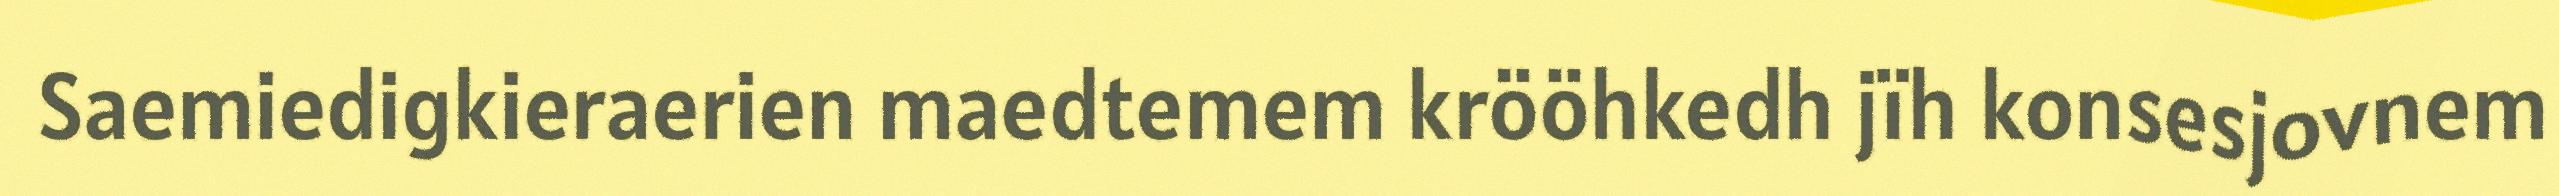
Saemiedigkieraerien maedtemem krööhkedh jïh konsesjovnem